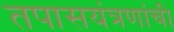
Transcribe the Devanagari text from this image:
तपासयंत्रणांची